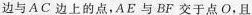
边与A C边上的点，AE与BF交于点O，且